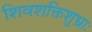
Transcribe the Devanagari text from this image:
शिवशक्तिशुभ्राः